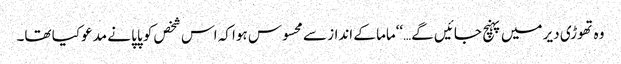
وہ تھوڑی دیر میں پہنچ جائیں گے…‘‘ماما کے انداز سے محسوس ہوا کہ اس شخص کو پاپا نے مدعو کیا تھا۔